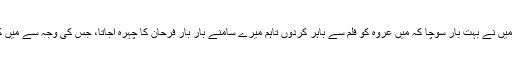
انہوںنے کہا کہ میں نے بہت بار سوچا کہ میں عروہ کو فلم سے باہر کردوں تاہم میرے سامنے بار بار فرحان کا چہرہ آجاتا، جس کی وجہ سے میں کچھ نہیں کرسکا۔